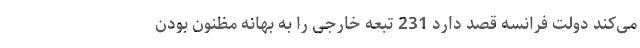
می‌کند دولت فرانسه قصد دارد 231 تبعه خارجی را به بهانه مظنون بودن